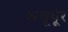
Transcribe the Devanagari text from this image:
अश्रूधूर